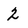
Character: 2